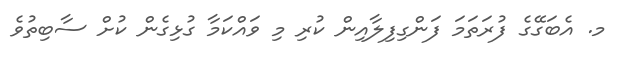
މ. އެބަގޭގެ ފުރަތަމަ ފަންގިފިލާއިން ކުރި މި ވައްކަމާ ގުޅިގެން ކުށް ސާބިތުވެ